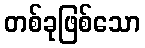
တစ်ခုဖြစ်သော